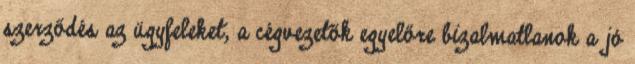
szerződés az ügyfeleket, a cégvezetők egyelőre bizalmatlanok a jó